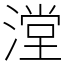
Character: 漟